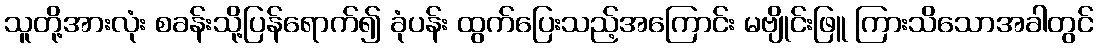
သူတို့အားလုံး စခန်းသို့ပြန်ရောက်၍ ခုံပန်း ထွက်ပြေးသည့်အကြောင်း မဗျိုင်းဖြူ ကြားသိသောအခါတွင်